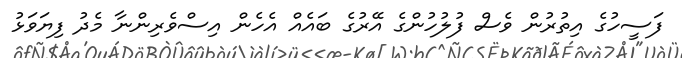
ފަސީހުގެ އިތުރުން ވެސް ފުލުހުންގެ އޭރުގެ ބައެއް އެހެން އިސްވެރިންނާ މެދު ފިޔަވަޅު